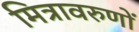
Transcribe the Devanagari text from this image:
मित्रावरुणों